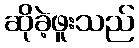
ဆိုခဲ့ဖူးသည်